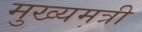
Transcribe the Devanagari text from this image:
मुख्यमत्री